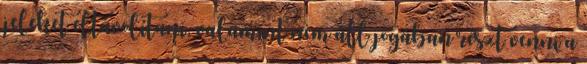
jeleket eltávolítani, valamint nem áll jogában részt venni a